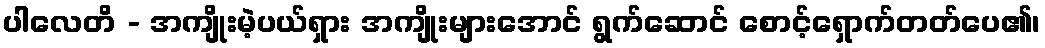
ပါလေတိ - အကျိုးမဲ့ပယ်ရှား အကျိုးများအောင် ရွက်ဆောင် စောင့်ရှောက်တတ်ပေ၏၊